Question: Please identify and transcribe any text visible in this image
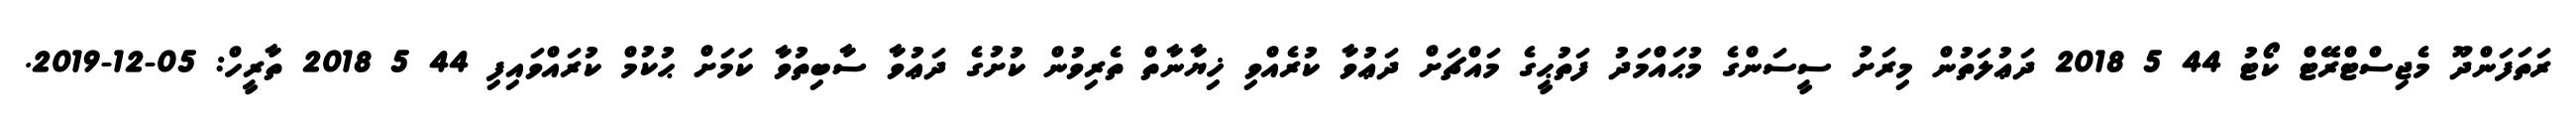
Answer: ރަތަފަންދޫ މެޖިސްޓްރޭޓް ކޯޓު 44 5 2018 ދަޢުލަތުން މިރަށު ސީސަންގެ މުޙައްމަދު ފަތުޙީގެ މައްޗަށް ދަޢުވާ ކުރެއްވި ޚިޔާނާތް ތެރިވުން ކުށުގެ ދަޢުވާ ސާބިތުވާ ކަމަށް ޙުކުމް ކުރައްވައިފި 44 5 2018 ތާރީހް: 05-12-2019.